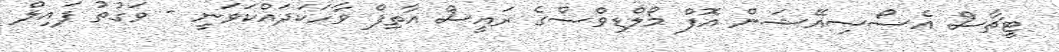
ޓީޗާސް އެސޯސިއޭޝަން އޮފް މޯލްޑިވްސްގެ ރައީސް އާތިފް ވާހަކަދައްކަވަނީ - ވަގުތު ފައިލް